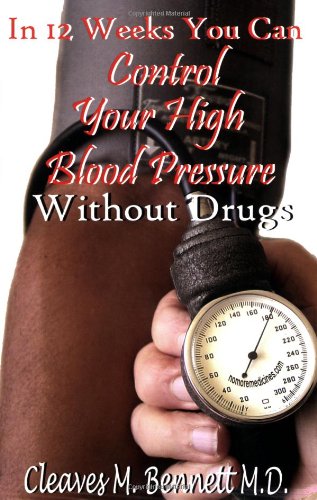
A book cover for In 12 weeks You Can Control Your High Blood Pressure Without Drugs; Cleaves M. Bennett; Health, Fitness & Dieting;